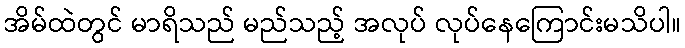
အိမ်ထဲတွင် မာရိသည် မည်သည့် အလုပ် လုပ်နေကြောင်းမသိပါ။